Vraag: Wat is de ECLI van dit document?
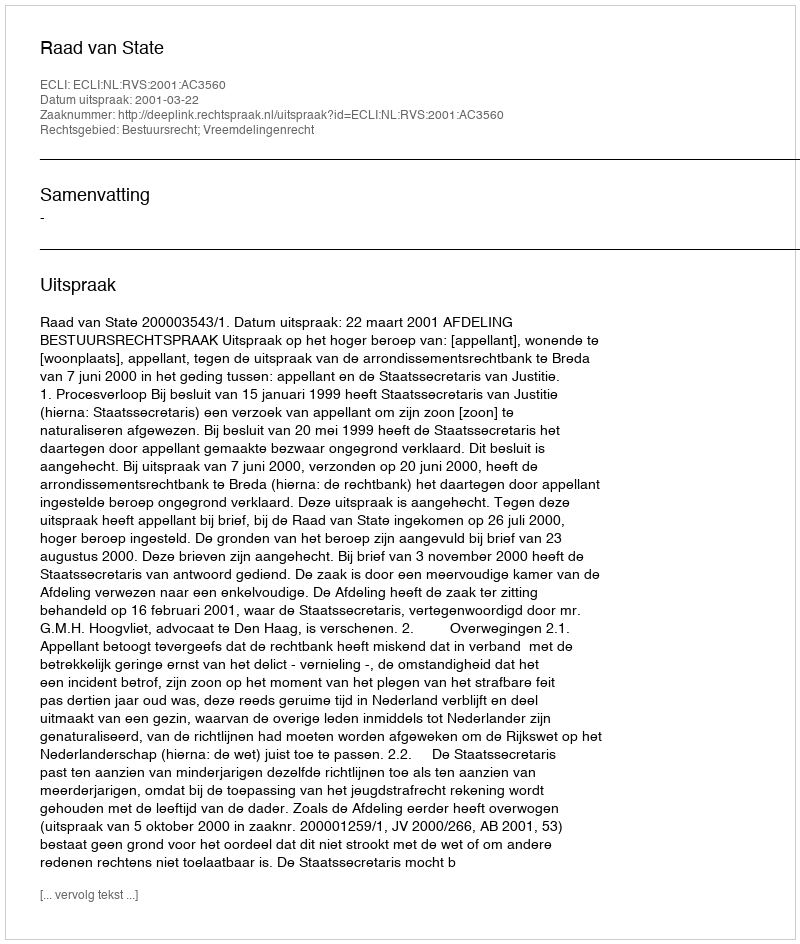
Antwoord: ECLI:NL:RVS:2001:AC3560